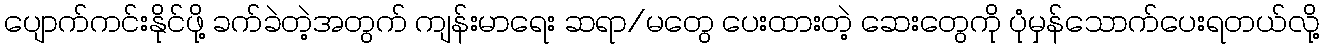
ပျောက်ကင်းနိုင်ဖို့ ခက်ခဲတဲ့အတွက် ကျန်းမာရေး ဆရာ/မတွေ ပေးထားတဲ့ ဆေးတွေကို ပုံမှန်သောက်ပေးရတယ်လို့